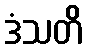
ဒံသတိ